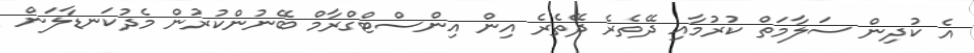
އެ ކުދިން ސަލާމަތް ކުރުމާއި ދޭތެރެ ދޭތެރެ އިން އިންސްޓްގްރާމް ބޭނުންކުރުން މެދުކަނޑާލަން